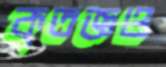
কৃতজ্ঞও